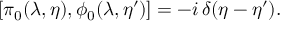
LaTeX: \left[ \pi _ { 0 } ( \lambda , \eta ) , \phi _ { 0 } ( \lambda , \eta ^ { \prime } ) \right] = - i \, \delta ( \eta - \eta ^ { \prime } ) .